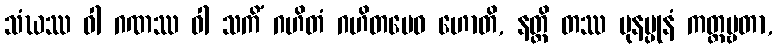
သံဃဿ ဝါ ဂဏဿ ဝါ သကိံ ဂဟိတံ ဂဟိတမေဝ ဟောတိ, နတ္ထိ တဿ ပုနပ္ပုနံ ကတ္တဗ္ဗတာ,